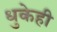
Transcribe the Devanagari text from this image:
धुकेही